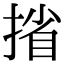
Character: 㨘